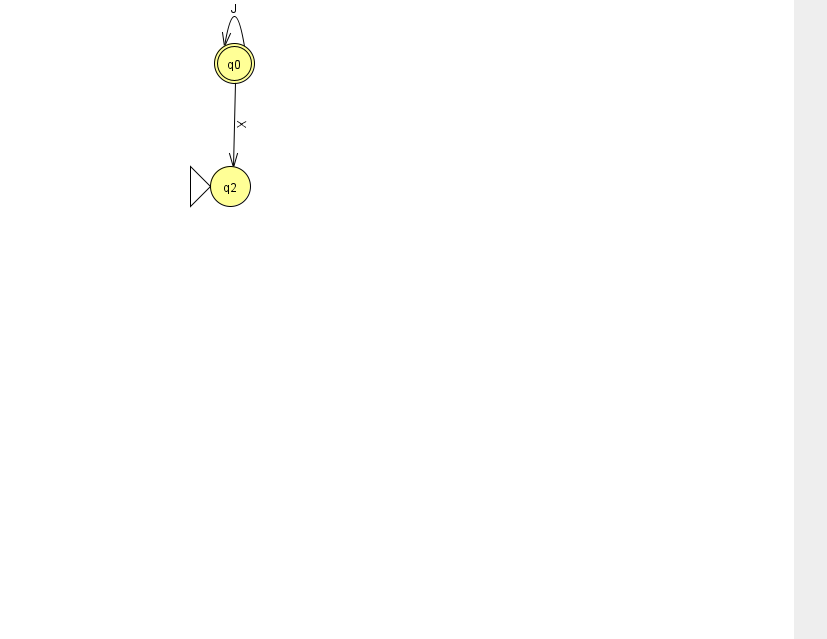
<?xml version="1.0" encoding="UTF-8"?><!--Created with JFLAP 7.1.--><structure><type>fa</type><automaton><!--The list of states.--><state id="0" name="q0"><x>234.0</x><y>50.0</y><final/></state><state id="2" name="q2"><x>230.0</x><y>173.0</y><initial/></state><!--The list of transitions.--><transition><from>0</from><to>0</to><read>J</read></transition><transition><from>0</from><to>2</to><read>X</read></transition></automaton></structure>